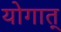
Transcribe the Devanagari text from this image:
योगात्